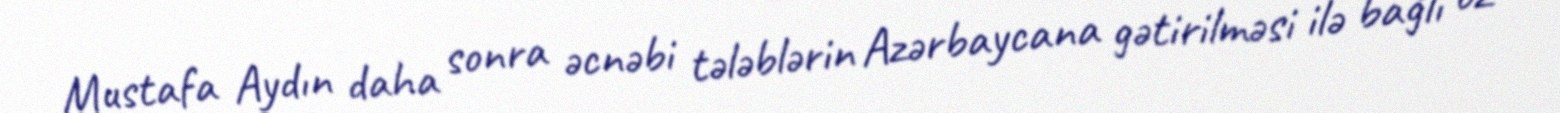
Mustafa Aydın daha sonra əcnəbi tələblərin Azərbaycana gətirilməsi ilə bağlı öz